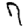
Digit: 7